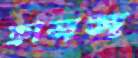
ফ্রানস